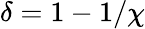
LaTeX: \delta=1-1/\chi